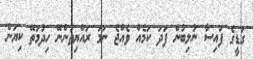
ގަޑީގެ ފައިސާ ނުލިބުން ފަދަ ކަމެއް ވެއްޖެ ނަމަ ރައްޔިތުންނޭ ހިދުމަތޭ ކިޔަން